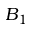
B _ { 1 }